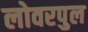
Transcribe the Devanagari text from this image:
लोवरपुल